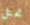
تحتل